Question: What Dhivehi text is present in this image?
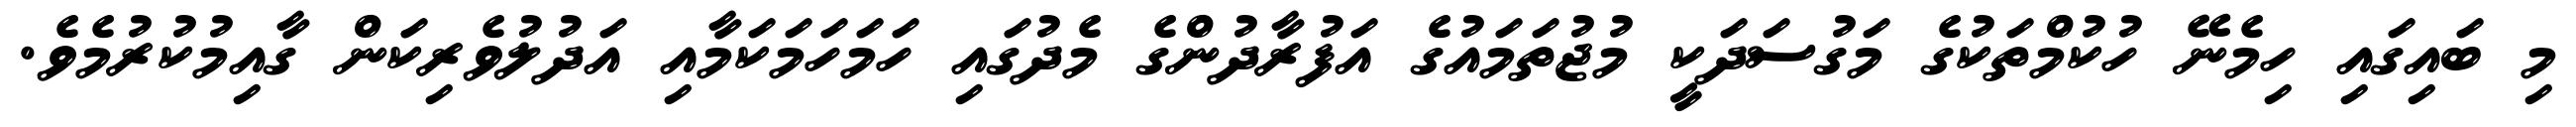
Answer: މި ބައިގައި ހިމެނޭ ހުކުމްތަކުގެ މަގުސަދަކީ މުޖުތަމައުގެ އަފުރާދުންގެ މެދުގައި ހަމަހަމަކަމާއި އަދުލުވެރިކަން ގާއިމުކުރުމެވެ.